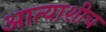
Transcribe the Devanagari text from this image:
आत्याशीच